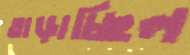
তাড়াচ্ছিল